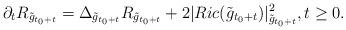
LaTeX: \begin{align*}\partial_t R_{\tilde{g}_{t_0+t}} = \Delta_{\tilde{g}_{t_0+t}} R_{\tilde{g}_{t_0+t}} + 2 |Ric(\tilde{g}_{t_0+t})|^2_{\tilde{g}_{t_0+t}}, t\geq 0.\end{align*}